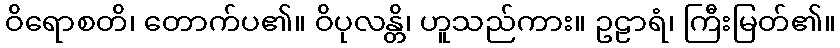
ဝိရောစတိ၊ တောက်ပ၏။ ဝိပုလန္တိ၊ ဟူသည်ကား။ ဥဠာရံ၊ ကြီးမြတ်၏။